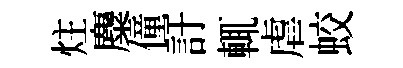
炷麋僮訏輒虐蛟